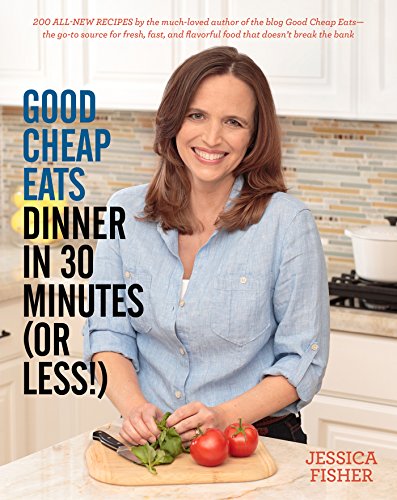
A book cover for Good Cheap Eats Dinner in 30 Minutes or Less: Fresh, Fast, and Flavorful Home-Cooked Meals, with More Than 200 Recipes; Jessica Fisher; Cookbooks, Food & Wine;